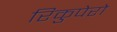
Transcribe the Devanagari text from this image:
रिकुपेरो